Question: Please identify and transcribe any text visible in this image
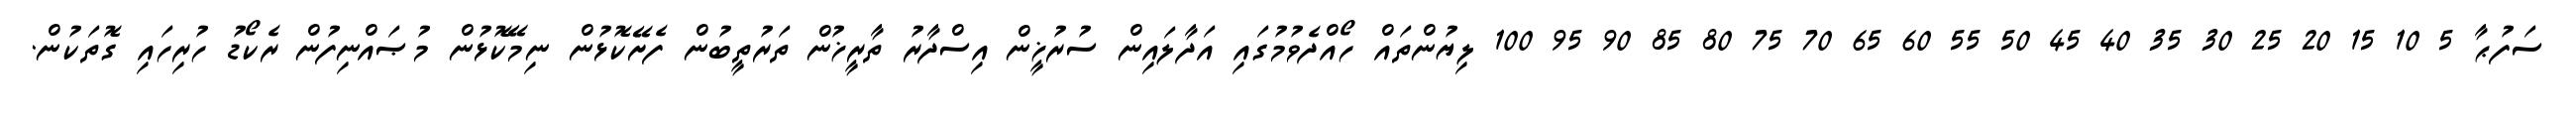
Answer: ސަފުޙާ 5 10 15 20 25 30 35 40 45 50 55 60 65 70 75 80 85 90 95 100 ލިޔުންތައް ހޯއްދެވުމުގައި އަދާލައިން ސުރުޚީން އިސްދާރު ތާރީޚުން ތަރުތީބުން ފެށޭކޮޅުން ނިމޭކޮޅުން މުޞައްނިފުން ރެކޯޑު ހުރިހައި ގޮތަކުން.